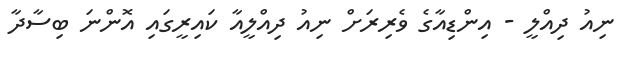
ނިއު ދިއްލީ - އިންޑިއާގެ ވެރިރަށް ނިއު ދިއްލީއާ ކައިރީގައި އޮންނަ ބިސާދާ